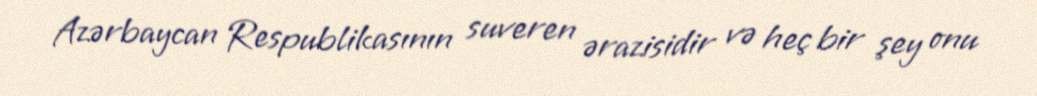
Azərbaycan Respublikasının suveren ərazisidir və heç bir şey onu